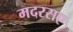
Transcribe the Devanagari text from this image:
मदरसए